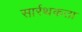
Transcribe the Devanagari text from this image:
सार्रथकता